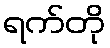
ရက်တို